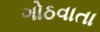
ગોઠવાતા